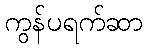
ကွန်ပရက်ဆာ